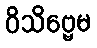
ဝိသိဗ္ဗေမ